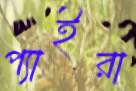
প্যাইরা